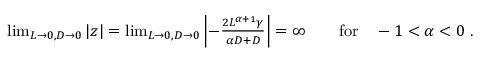
\begin{array} { r } { \operatorname* { l i m } _ { L \to 0 , D \to 0 } | z | = \operatorname* { l i m } _ { L \to 0 , D \to 0 } \left| - \frac { 2 L ^ { \alpha + 1 } \gamma } { \alpha D + D } \right| = \infty \qquad \mathrm { f o r } \quad - 1 < \alpha < 0 \ . } \end{array}